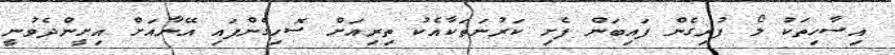
އިސާހިތަކު ލޯ ފުރިގެން ފައިބަން ފެށި ކަރުނަތަކާއެކު ތިރިއަށް ސޮހިގެންފައި އޭނާއަށް އިށީންދެވުނީ